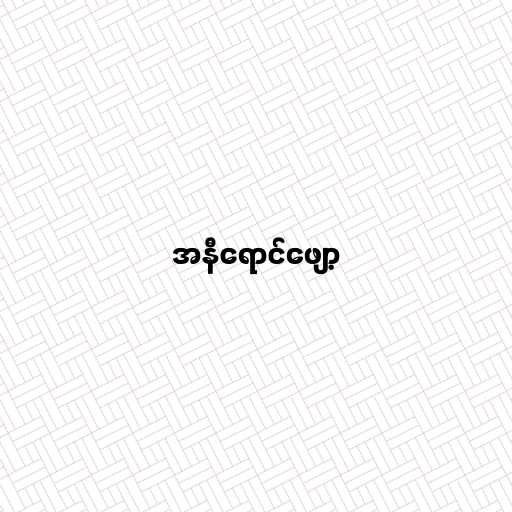
အနီရောင်ဖျော့